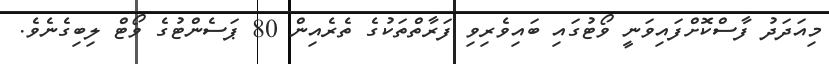
މިއަދަދު ފާސްކޮށްފައިވަނީ ވޯޓުގައި ބައިވެރިވި ފަރާތްތަކުގެ ތެރެއިން 80 ޕަސެންޓުގެ ވޯޓް ލިބިގެނެވެ.